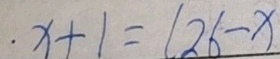
\cdot x + 1 = ( 2 6 - x